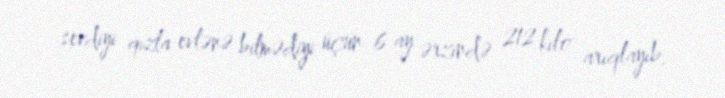
sevdiyi qızla evlənə bilmədiyi üçün 6 ay ərzində 212 kilo arıqlayıb.